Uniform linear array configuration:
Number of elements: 24
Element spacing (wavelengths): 0.75
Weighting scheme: exponential
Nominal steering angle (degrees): -30
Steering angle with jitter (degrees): -28.583
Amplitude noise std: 0.05
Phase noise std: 0.05

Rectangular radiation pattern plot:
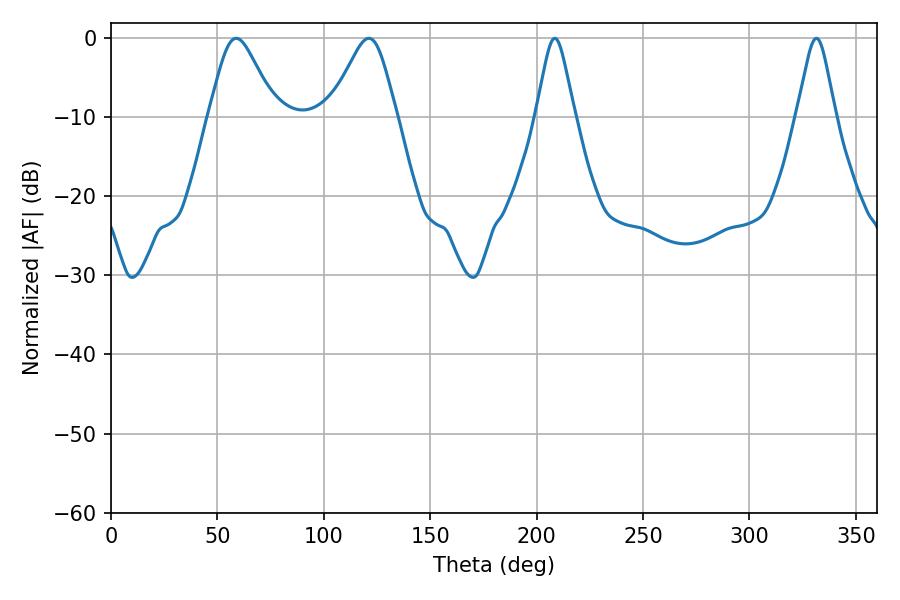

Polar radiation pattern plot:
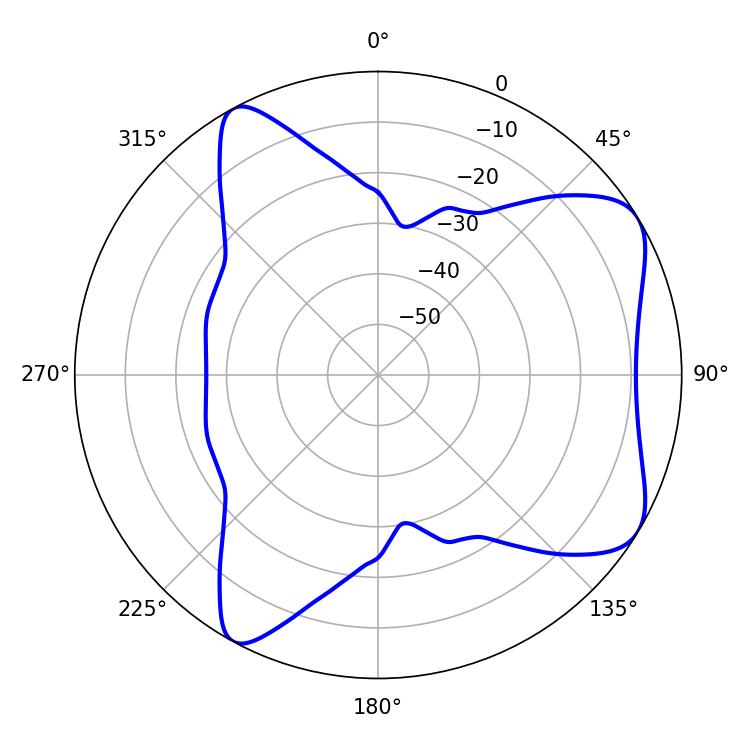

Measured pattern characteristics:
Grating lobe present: TRUE
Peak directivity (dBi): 6.896
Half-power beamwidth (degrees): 15.12
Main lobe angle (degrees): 58.86